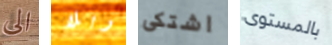
الى وبلا اشتكى بالمستوى